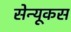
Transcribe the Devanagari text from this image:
सेन्यूकस